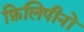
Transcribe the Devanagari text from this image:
फ़िलिपीनों